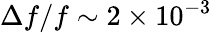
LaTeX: \Delta{f}/f\sim 2\times 10^{-3}